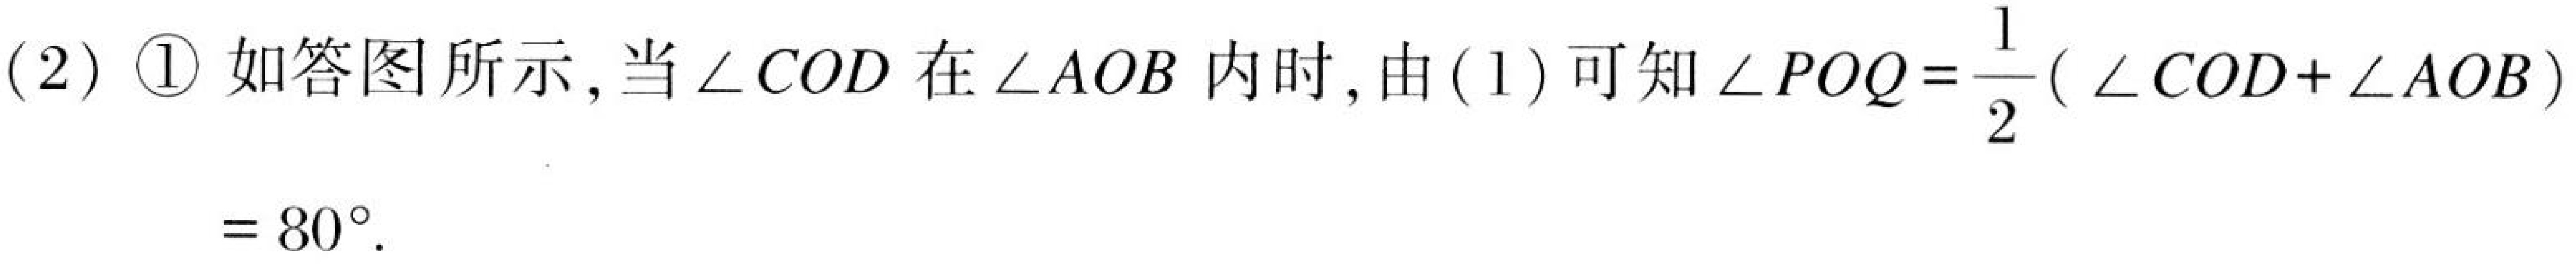
(2) \textcircled{1} 如答图所示, 当\(\angle COD\) 在\(\angle AOB\) 内时, 由(1) 可知\(\angle POQ=\frac{1}{2}(\angle COD + \angle AOB)\)
\(= 80^{\circ}\).